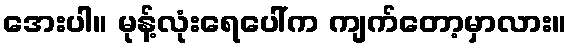
အေးပါ။ မုန့်လုံးရေပေါ်က ကျက်တော့မှာလား။